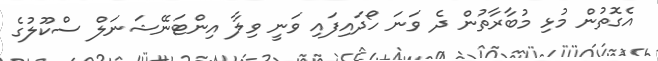
އެގޮތުން މުޅި މުބާރާތުން ދެ ވަނަ ހޯދައިފައި ވަނީ ވިލާ އިންޓަނޭޝަނަލް ސްކޫލުގެ